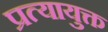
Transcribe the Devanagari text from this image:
प्रत्यायुक्त